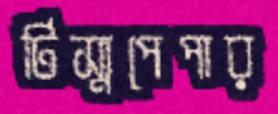
টিস্যুপেপার